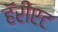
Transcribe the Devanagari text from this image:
हॅरीएट